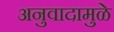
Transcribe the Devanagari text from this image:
अनुवादामुळे